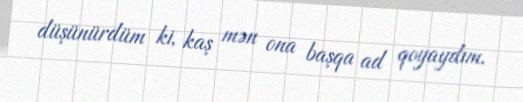
düşünürdüm ki, kaş mən ona başqa ad qoyaydım.